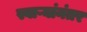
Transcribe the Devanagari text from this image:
स्वाऱ्यांनंतर